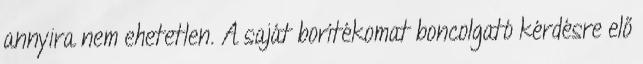
annyira nem ehetetlen. A saját borítékomat boncolgató kérdésre elő